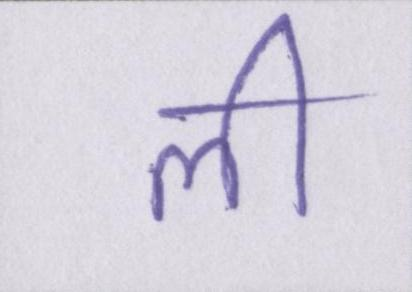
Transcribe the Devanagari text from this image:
ली